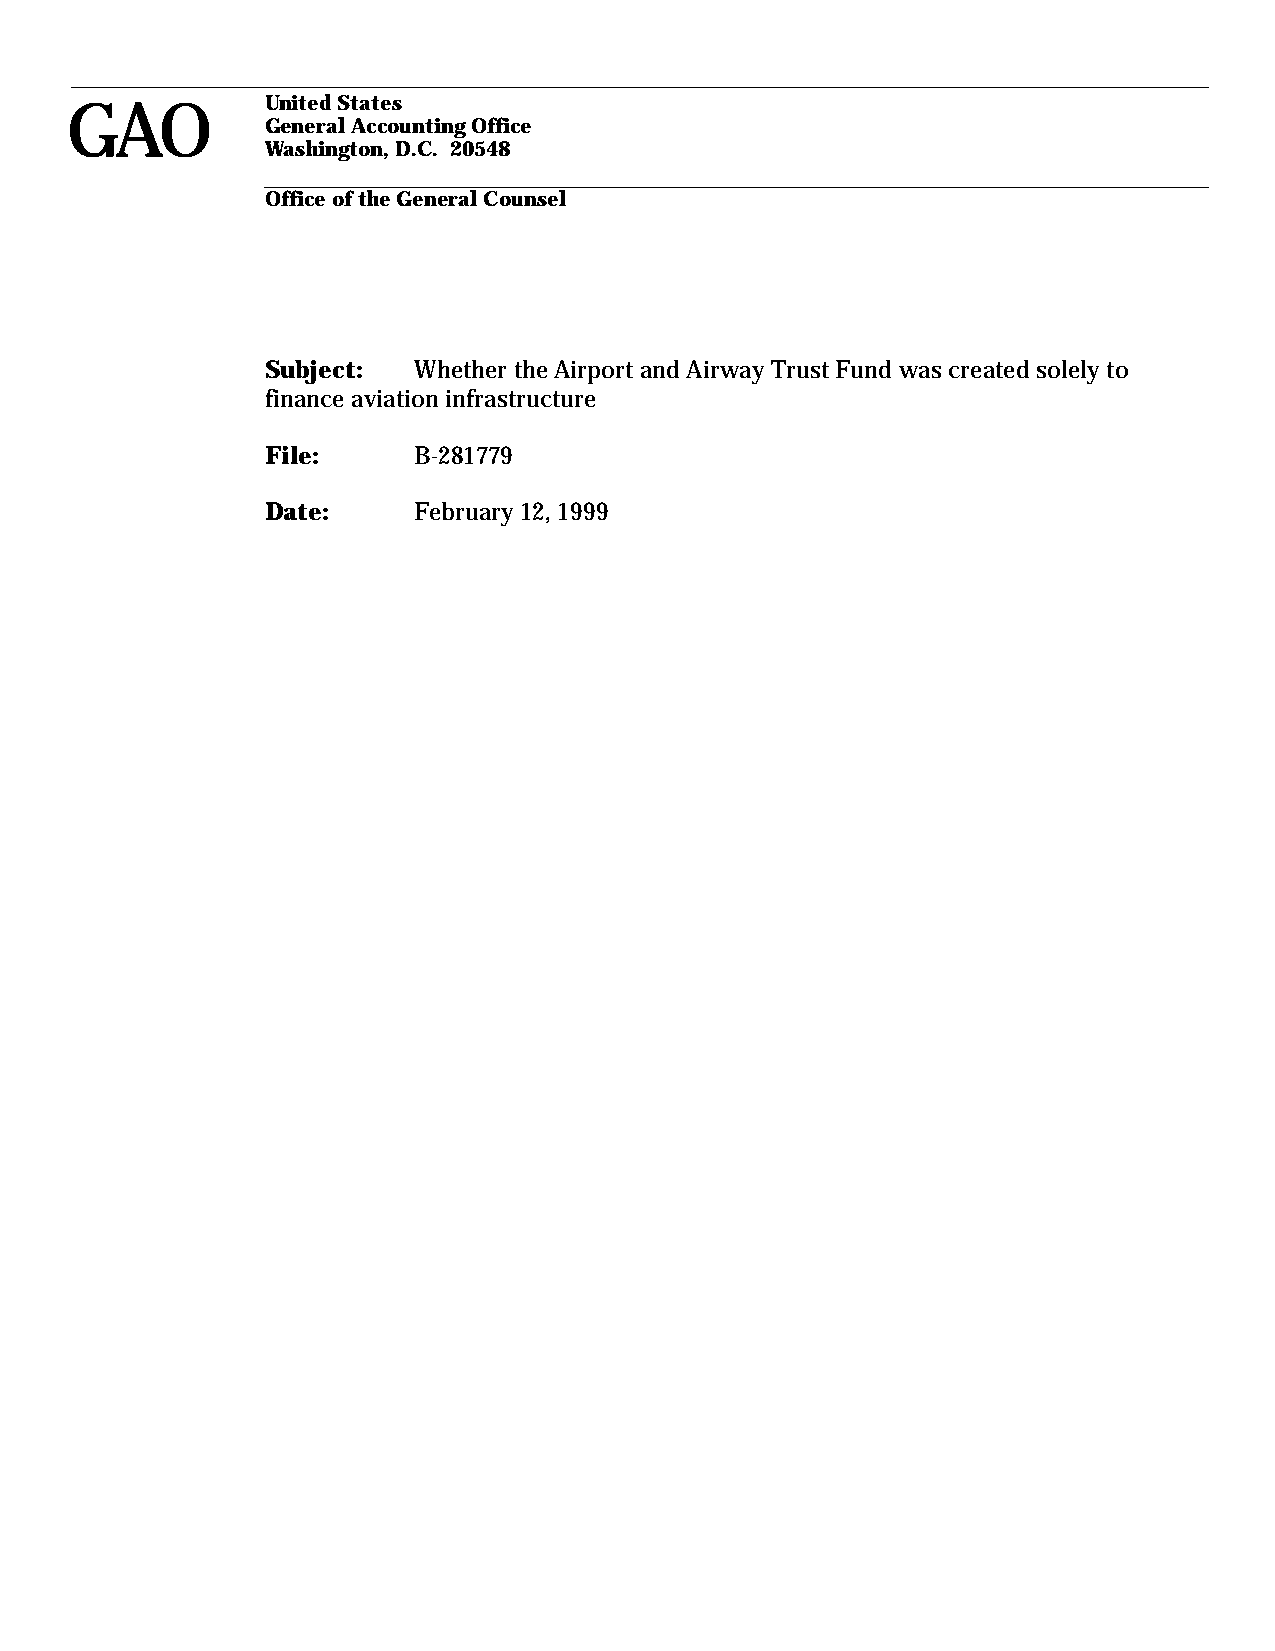
GAO           United States
 General Accounting Office
 Washington, D.C. 20548
 Office of the General Counsel
 Subject: Whether the Airport and Airway Trust Fund was created solely to
 finance aviation infrastructure
 File:    B-281779
 Date:    February 12, 1999